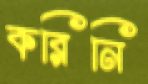
করিনি